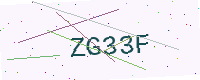
Text: ZG33F